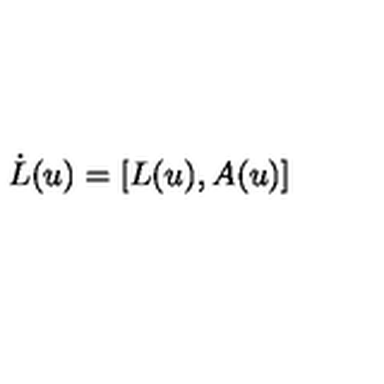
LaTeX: \dot { L } ( u ) = [ L ( u ) , A ( u ) ]